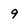
Character: 9